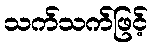
သက်သက်ဖြင့်